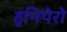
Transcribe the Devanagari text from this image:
हुनिपेरो